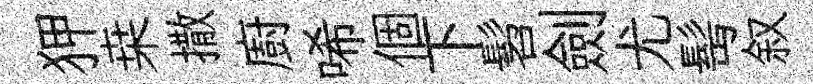
狎桒撒廚唏個下髫劍尤髩叙